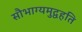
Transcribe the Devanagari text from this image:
सौभाग्यमुद्वहति